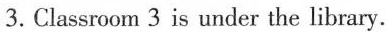
3.Classroom 3 is under the library.